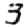
Digit: 3